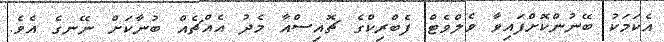
އެކަމަކު ބޭނުންކޮށްފައިވާ ވެލްވެޓް ފެބްރިކްގެ ޗޮއިސްއާ މެދު އެއްޗެއް ބުނާކަށް ނޭނގެ އެވެ.